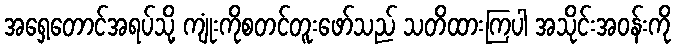
အရှေ့တောင်အရပ်သို့ ကျုံးကိုစတင်တူးဖော်သည် သတိထားကြပါ အသိုင်းအဝန်းကို